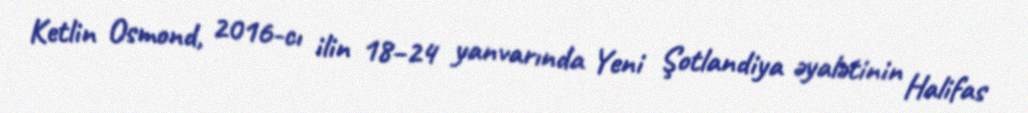
Ketlin Osmond, 2016-cı ilin 18–24 yanvarında Yeni Şotlandiya əyalətinin Halifas